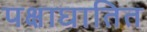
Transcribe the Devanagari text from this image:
पक्षाघातित